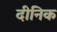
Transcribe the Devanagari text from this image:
दीनिक